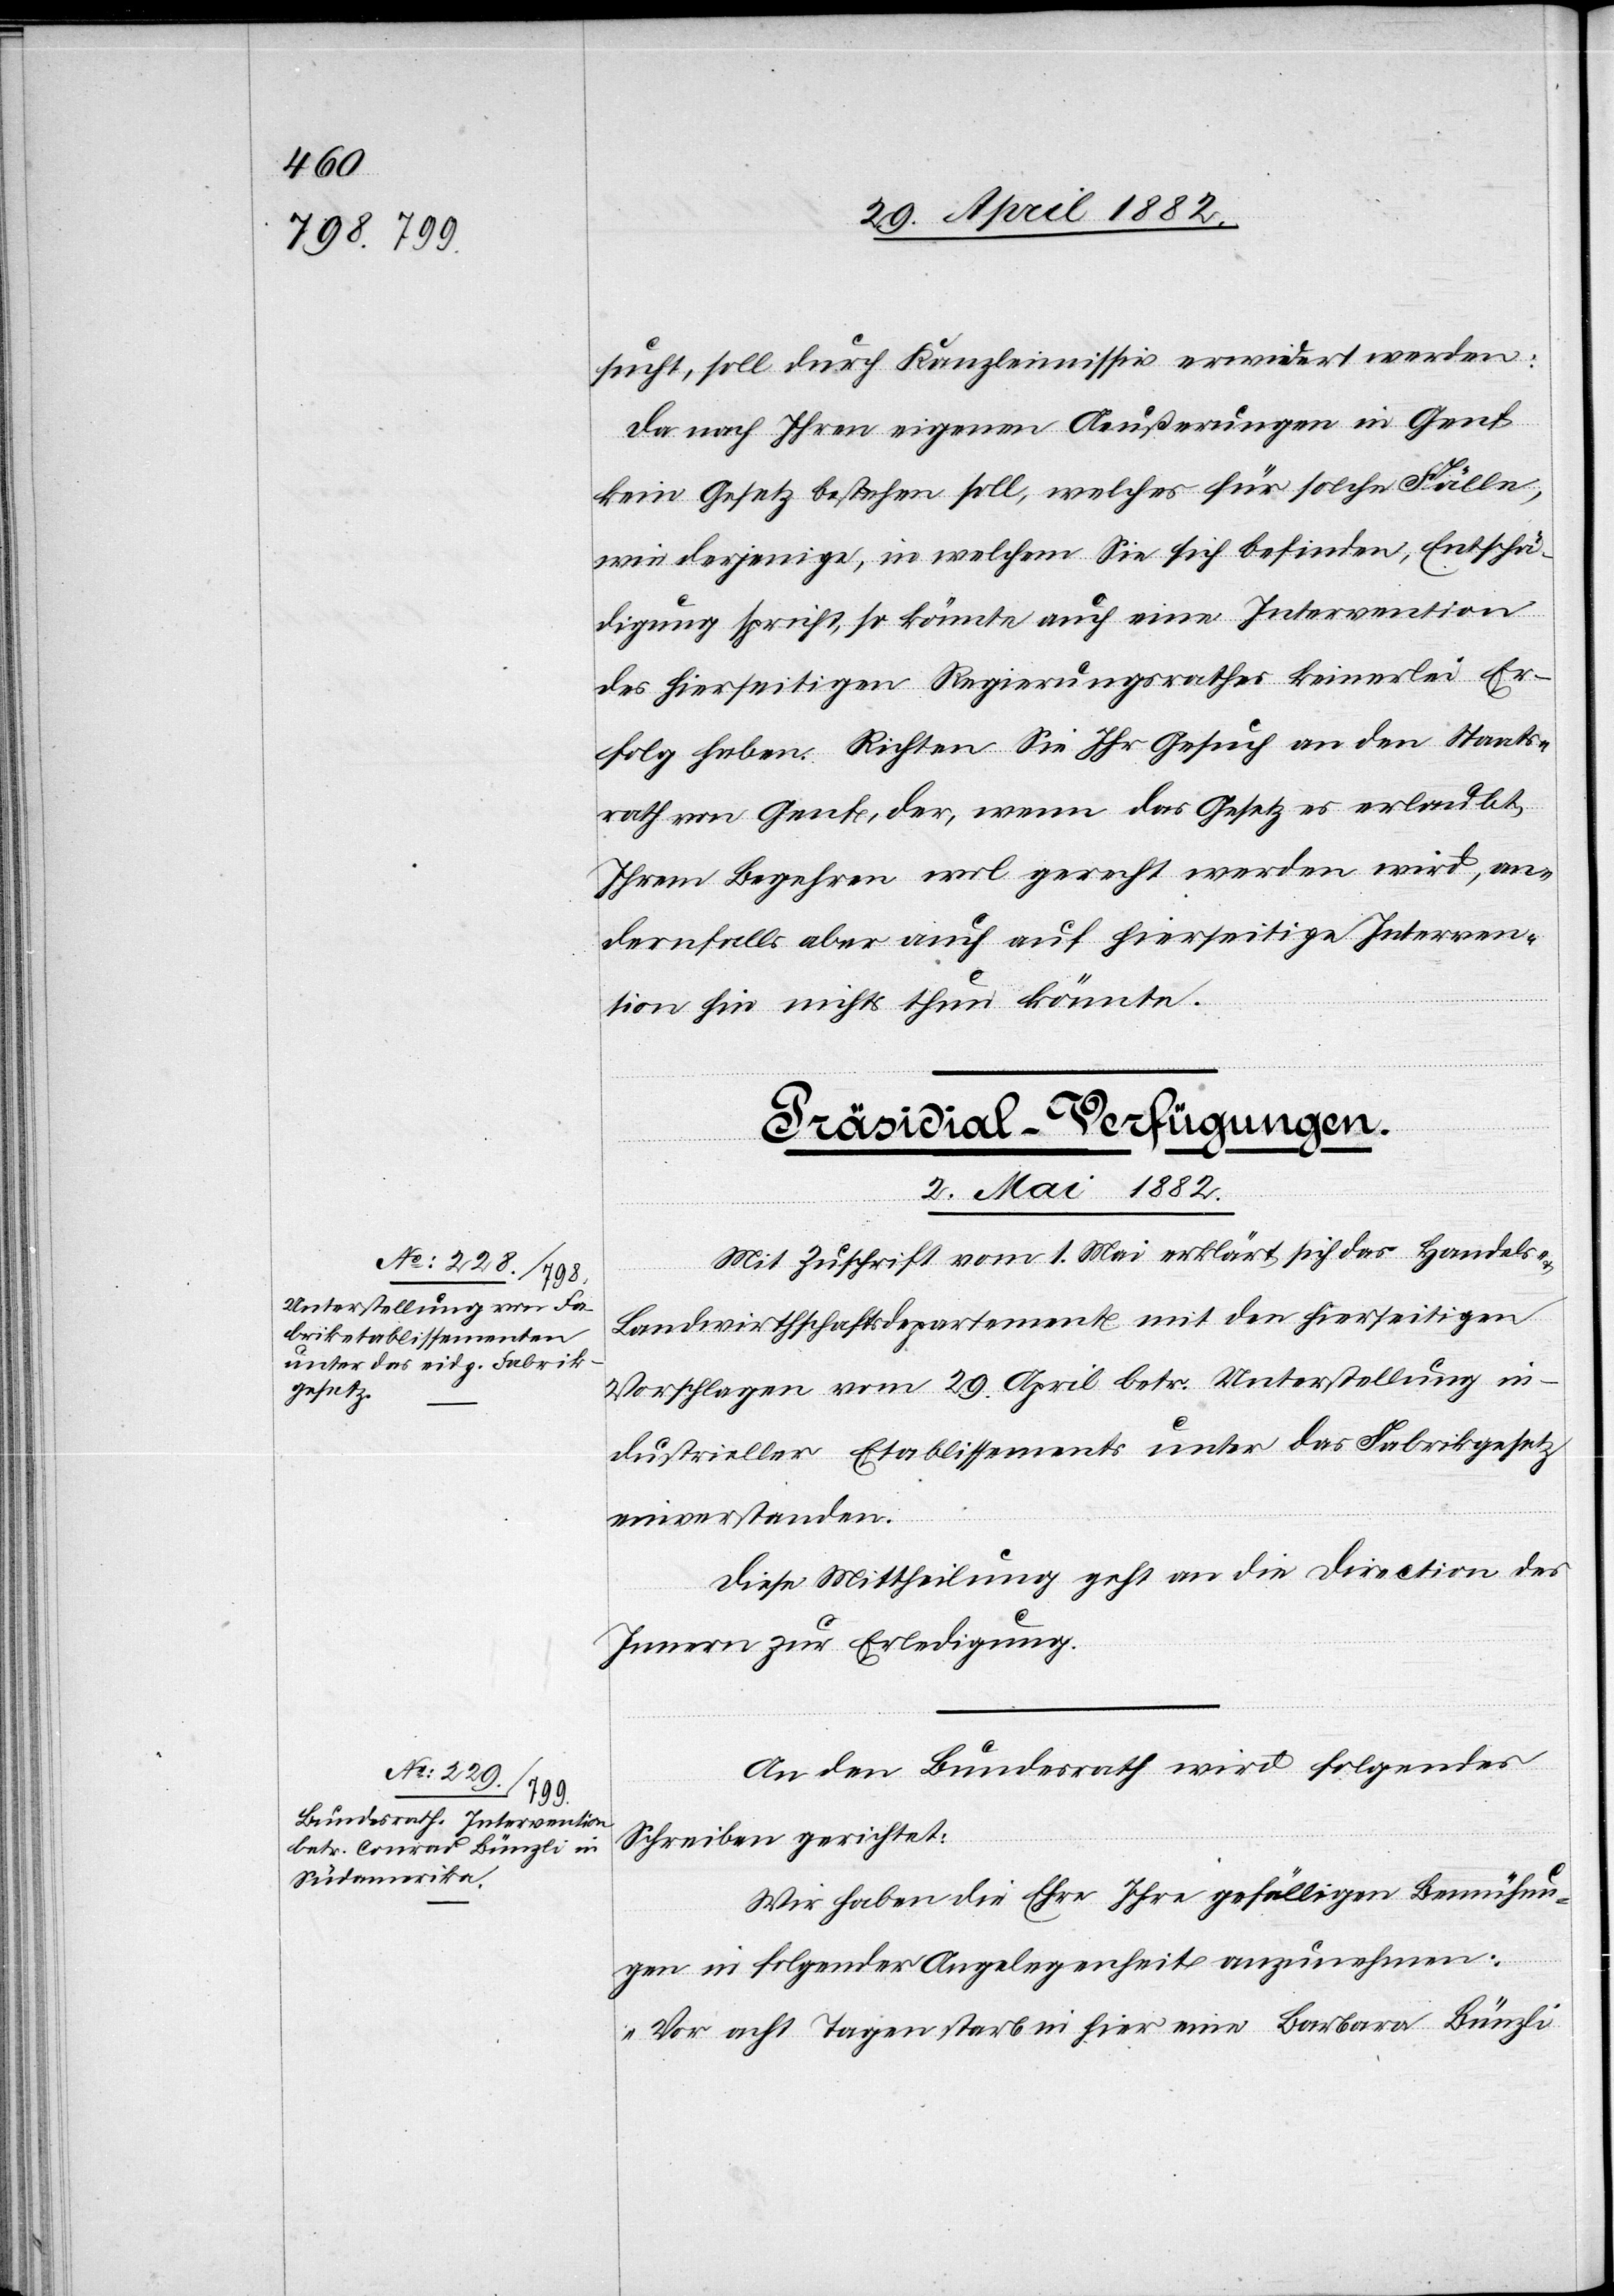
sucht, soll durch Kanzleimissiv erwidert werden:
Da nach Ihren eigenen Aeußerungen in Genf
kein Gesetz bestehen soll, welches für solche Fälle,
wie derjenige, in welchem Sie sich befinden, Entschä¬
digung spricht, so könnte auch eine Intervention
des hierseitigen Regierungsrathes keinerlei Er¬
folg haben. Richten Sie Ihr Gesuch an den Staats¬
rath von Genf, der, wenn das Gesetz es erlaubt,
Ihrem Begehren wol gerecht werden wird, an¬
dernfalls aber auch auf hierseitige Interven¬
tion hin nichts thun könnte.
[Präsidial-Verfügungen.
2. Mai 1882.]
Mit Zuschrift vom 1. Mai erklärt sich das Handels-
Landwirthschaftsdepartement mit den hierseitigen
Vorschlägen vom 29. April betr. Unterstellung in¬
dustrieller Etablissements unter das Fabrikgesetz
einverstanden.
Diese Mittheilung geht an die Direction des
Innern zu Erledigung.
An den Bundesrath wird folgendes
Schreiben gerichtet:
Wir haben die Ehre Ihre gefälligen Bemühun¬
gen in folgender Angelegenheit anzunehmen:
„Vor acht Tagen starb in hier eine Barbara Bünzli